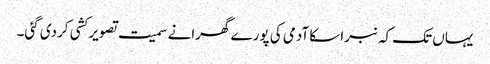
یہاں تک کہ نبراسکا آدمی کی پورے گھرانے سمیت تصویر کشی کردی گئی۔